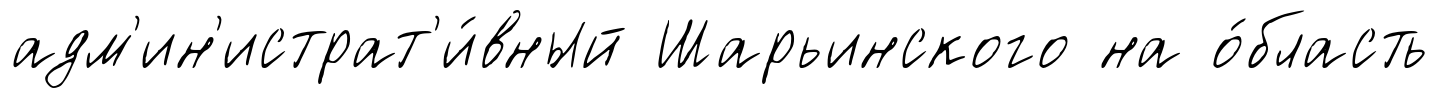
адм'ин'истрат'и́вный Шарьинского на о́бласть